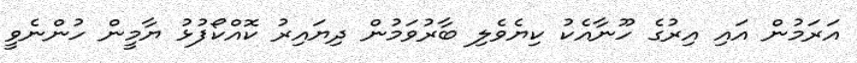
އަރަމުން އައި އިރުގެ ހޫނާއެކު ކިޔެވެލި ބާރުވަމުން ދިޔައިރު ކޮއްކޯފުޅު ޔާމީން ހުންނެވީ